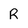
Character: R